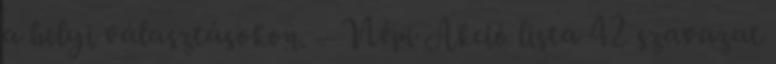
a helyi választásokon. – Népi Akció lista 42 szavazat